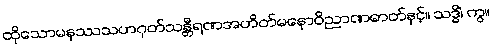
ထိုသောမနဿသဟဂုတ်သန္တီရဏအဟိတ်မနောဝိညာဏဓာတ်နှင့်။ သဒ္ဓိံ၊ ကွ။